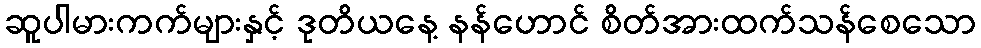
ဆူပါမားကက်များနှင့် ဒုတိယနေ့ နန်ဟောင် စိတ်အားထက်သန်စေသော